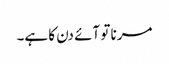
مرنا تو آئے دن کا ہے۔